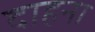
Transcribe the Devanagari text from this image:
दाहना